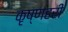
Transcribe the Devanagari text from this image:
कृष्णहरी